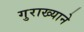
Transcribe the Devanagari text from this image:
गुराख्याने